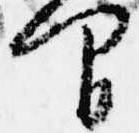
間